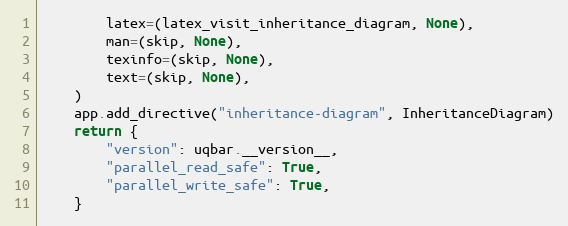
Language: Python
        latex=(latex_visit_inheritance_diagram, None),
        man=(skip, None),
        texinfo=(skip, None),
        text=(skip, None),
    )
    app.add_directive("inheritance-diagram", InheritanceDiagram)
    return {
        "version": uqbar.__version__,
        "parallel_read_safe": True,
        "parallel_write_safe": True,
    }